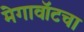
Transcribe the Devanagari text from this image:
मेगावॉटचा